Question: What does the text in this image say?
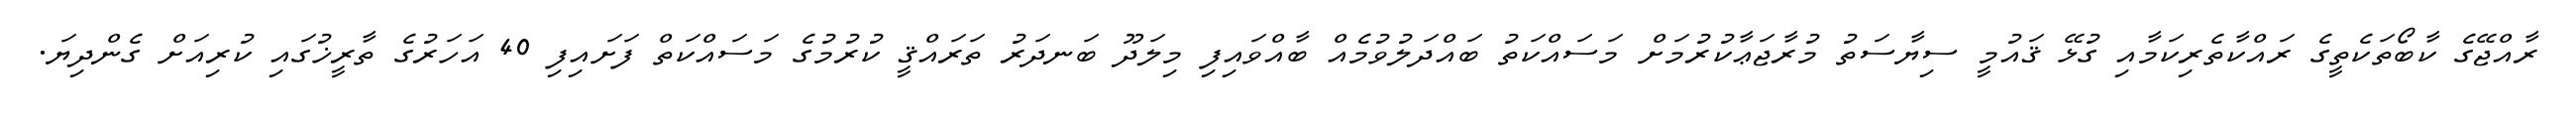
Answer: ރާއްޖޭގެ ކާބޯތަކެތީގެ ރައްކާތެރިކަމާއި ގުޅޭ ޤައުމީ ސިޔާސަތު މުރާޖަޢާކުރުމަށް މަސައްކަތު ބައްދަލުވުމެއް ބާއްވައިފި މިލަދޫ ބަނދަރު ތަރައްޤީ ކުރުމުގެ މަސައްކަތް ފަށައިފި 40 އަހަރުގެ ތާރީޚުގައި ކުރިއަށް ގެންދިޔަ.